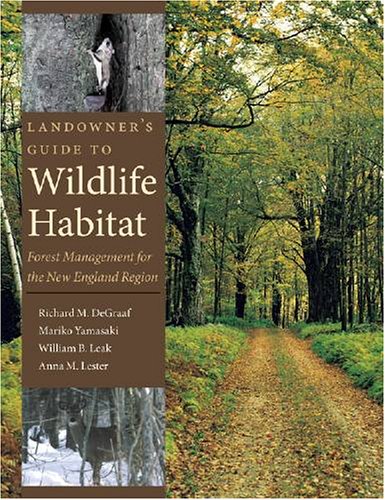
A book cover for Landowner's Guide to Wildlife Habitat: Forest Management for the New England Region; Richard M. DeGraaf; Travel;